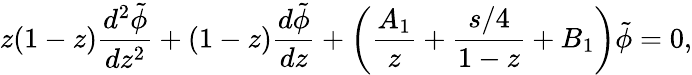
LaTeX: z(1-z){\frac{d^{2}\tilde{\phi}}{dz^{2}}}+(1-z){\frac{d\tilde{\phi}}{dz}}+\left({\frac{A_{1}}{z}}+{\frac{s/4}{1-z}}+B_{1}\right)\tilde{\phi}=0,